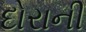
દોરાની